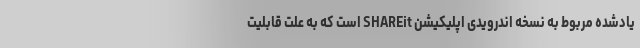
یادشده مربوط به نسخه اندرویدی اپلیکیشن SHAREit است که به علت قابلیت